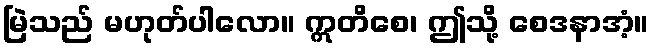
မြဲသည် မဟုတ်ပါလော။ ဣတိစေ၊ ဤသို့ စေဒနာအံ့။